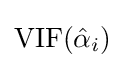
\operatorname {VIF} ({\hat {\alpha }}_{i})